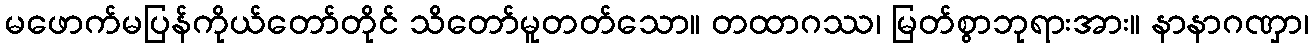
မဖောက်မပြန်ကိုယ်တော်တိုင် သိတော်မူတတ်သော။ တထာဂဿ၊ မြတ်စွာဘုရားအား။ နာနာဂဏှာ၊